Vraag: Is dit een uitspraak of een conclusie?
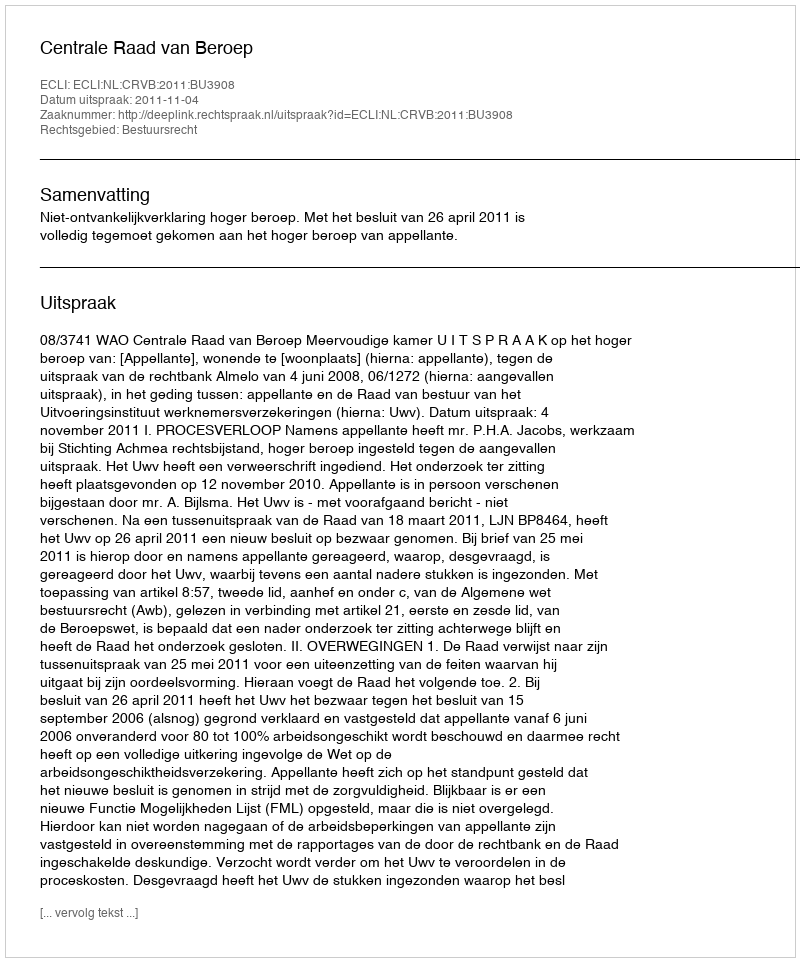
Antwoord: Uitspraak